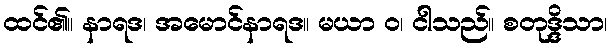
ထင်၏။ နာရဒ၊ အမောင်နာရဒ။ မယာ ဝ၊ ငါသည်။ စတုဒ္ဒိသာ၊